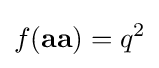
f(\mathbf {aa} )=q^{2}